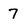
Character: 7